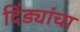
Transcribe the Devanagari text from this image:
दिंड्यांचा